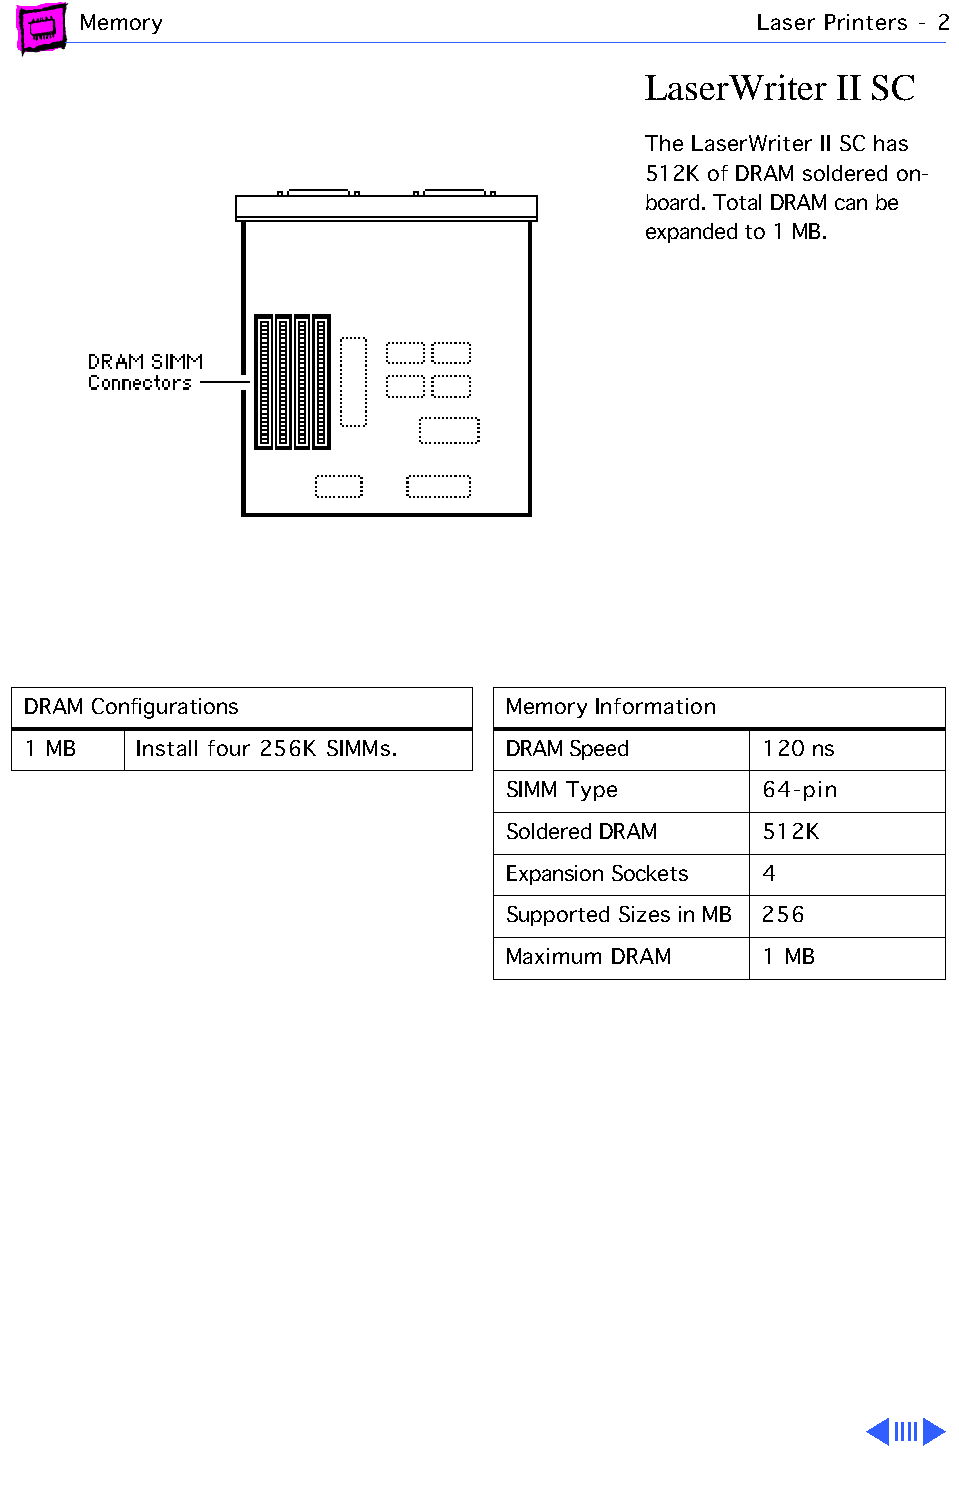
Memory                                       Laser Printers - 2
 LaserWriter  II SC
 The LaserWriter II SC has
 512K of DRAM soldered on-
 board. Total DRAM can be
 expanded to 1 MB.
 DRAM Configurations             Memory Information
 1 MB    Install four 256K SIMMs. DRAM Speed      120 ns
 SIMM Type        64-pin
 Soldered DRAM    512K
 Expansion Sockets 4
 Supported Sizes in MB 256
 Maximum DRAM     1 MB